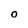
Character: O